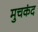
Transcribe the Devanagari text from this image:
मुचकंद